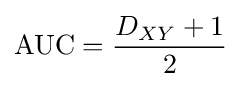
\mathrm {AUC} ={\frac {D_{XY}+1}{2}}